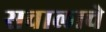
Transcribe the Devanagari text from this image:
सवालाचे